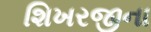
શિખરજીના